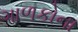
ગાળકોના